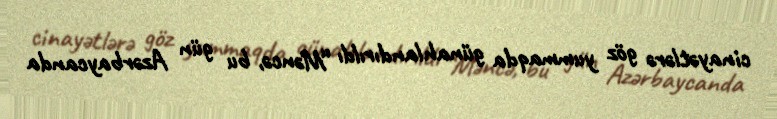
cinayətlərə göz yummaqda günahlandırıldı “Məncə, bu gün Azərbaycanda